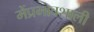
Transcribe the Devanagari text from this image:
मेंप्रभावशाली